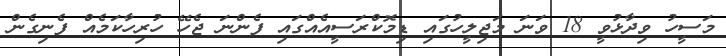
މަސީހު ވިދާޅުވީ 18 ވަނަ މަޖިލީހުގައި ޑިމޮކްރަސީއެއްގައި ފެންނަ ޖެހޭ ހުރިހާކަމެއް ފެނިގެން